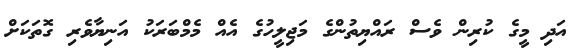
އަދި މީގެ ކުރިން ވެސް ރައްޔިތުންގެ މަޖިލީހުގެ އެއް މެމްބަރަކު އަނިޔާވެރި ގޮތަކަށް